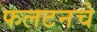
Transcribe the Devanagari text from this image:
फलटनचे